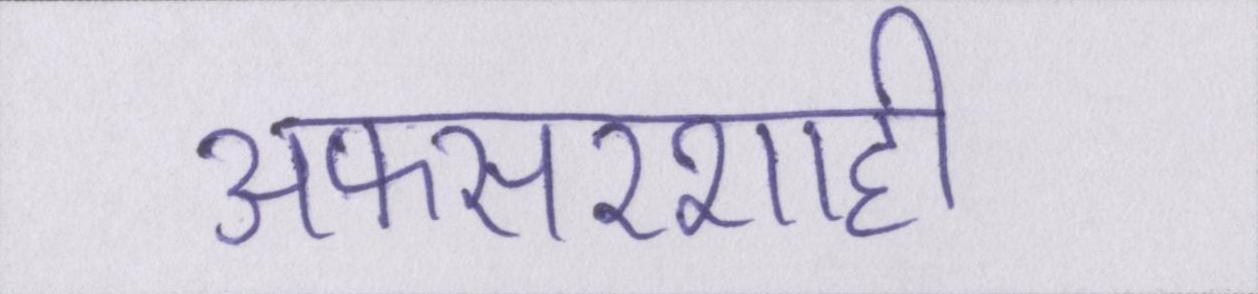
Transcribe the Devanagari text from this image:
अफसरशाही